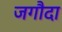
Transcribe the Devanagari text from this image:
जगौदा